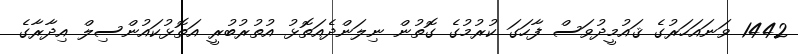
1442 ވަނައަހަރުގެ ޤައުމީދުވަސް ފާހަގަ ކުރުމުގެ ގޮތުން ނިލަންދެއަތޮޅު އުތުރުބުރީ އަތޮޅުކައުންސިލް އިދާރާގެ